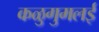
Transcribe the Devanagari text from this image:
कळुगुमलई